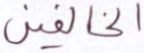
الخالفين